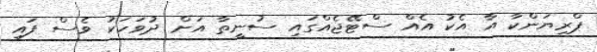
ޕްރިޔަންކާ އާ އެކު އެއް ސްޓޭޖެއްގައި ސުނީތާ އަށް ދުވަހަކު ވެސް ފައި